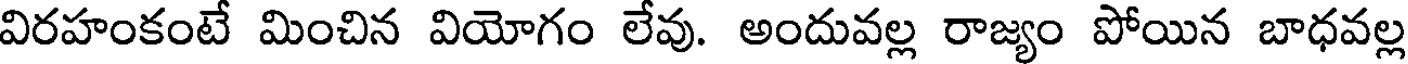
విరహంకంటే మించిన వియోగం లేవు. అందువల్ల రాజ్యం పోయిన బాధవల్ల